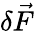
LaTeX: \delta\vec{F}